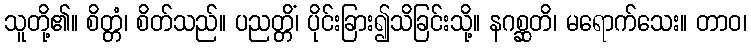
သူတို့၏။ စိတ္တံ၊ စိတ်သည်။ ပညတ္တိံ၊ ပိုင်းခြား၍သိခြင်းသို့။ နဂစ္ဆတိ၊ မရောက်သေး။ တာဝ၊